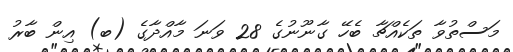
މަސްތުވާ ތަކެއްޗާ ބެހޭ ގާނޫނުގެ 28 ވަނަ މާއްދާގެ (ބ) އިން ބާރު